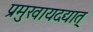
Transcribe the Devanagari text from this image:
प्रमुखायदद्यात्